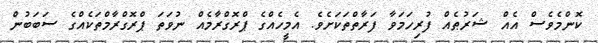
ކޮންމެވެސް އެއް ޝަރުޠެއް ފުރިހަމަވާ ފަރާތްތަކަށެވެ. އެމީހެއްގެ ޕްރޮގްރާމެއް ނުވަތަ ޕްރޮގްރާމްތަކެއްގެ ސަބަބުން